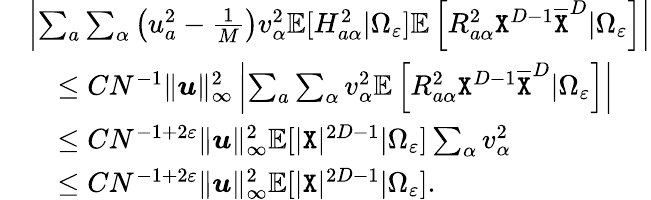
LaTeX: \begin{array}{rl}&{\left|\sum_{a}\sum_{\alpha}\left(u_{a}^{2}-\frac 1{M}\right)v_{\alpha}^{2}\mathbb{E}[H_{a\alpha}^{2}|\Omega_{\varepsilon}]\mathbb{E}\left[R_{a\alpha}^{2}{\texttt X}^{D-1}\overline{{{\texttt X}}}^{D}|\Omega_{\varepsilon}\right]\right|}\\ &{~~~\leq CN^{-1}\| {\boldsymbol u}\| _{\infty}^{2}\left|\sum_{a}\sum_{\alpha}v_{\alpha}^{2}\mathbb{E}\left[R_{a\alpha}^{2}{\texttt X}^{D-1}\overline{{{\texttt X}}}^{D}|\Omega_{\varepsilon}\right]\right|}\\ &{~~~\leq CN^{-1+2\varepsilon}\| {\boldsymbol u}\| _{\infty}^{2}\mathbb{E}[|{\texttt X}|^{2D-1}|\Omega_{\varepsilon}]\sum_{\alpha}v_{\alpha}^{2}}\\ &{~~~\leq CN^{-1+2\varepsilon}\| {\boldsymbol u}\| _{\infty}^{2}\mathbb{E}[|{\texttt X}|^{2D-1}|\Omega_{\varepsilon}].}\end{array}